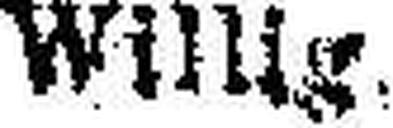
Willig.